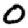
Digit: 0